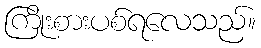
ကြိုးစားပစ်ရလေသည်။